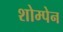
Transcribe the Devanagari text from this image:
शोम्पेन